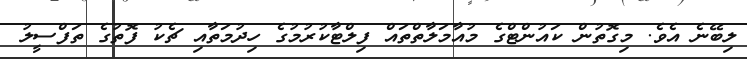
ލިބޭނެ އެވެ. މިގޮތުން ކައުންޓްގެ މުއާމަލާތްތައް ފިލްޓާކުރުމުގެ ހިދުމަތާއި ޗެކު ފޮތުގެ ތަފްސީލު